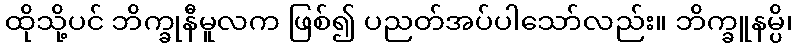
ထိုသို့ပင် ဘိက္ခုနီမူလက ဖြစ်၍ ပညတ်အပ်ပါသော်လည်း။ ဘိက္ခူနမ္ပိ၊